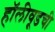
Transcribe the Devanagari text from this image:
हॉलीवूडची